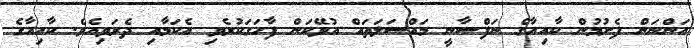
އަންނަން ފެށުމުން ކާއިއާގެ ނަފްސާނީ މައްސަލަތައް އުޅޭކަން ފާހަގަކުރެވި އެކަމާއި ދެރަވިއެވެ. ކާއިއާގެ